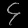
Digit: ၄